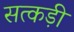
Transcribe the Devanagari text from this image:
सत्कड़ी